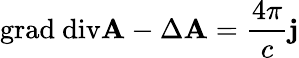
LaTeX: \textrm{grad}\ \textrm{div}\textbf{A}-\Delta\textbf{A}=\frac{4\pi}{c}\textbf{j}